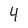
Character: 4